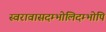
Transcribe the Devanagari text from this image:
स्वरावासदम्भोलिदम्भोपि